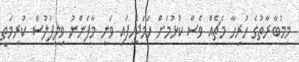
މިމުބާރާތުގެ ހުރިހާ މެޗެއް ވެސް ކުޅުމަށް ހަމަޖެހިފައި ވަނީ މާފަންނު ވިލީފުލުސް ކުރިމަތީ